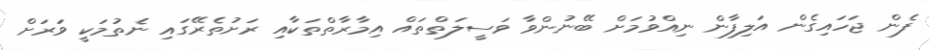
ފެން ޖަހައިގެން އަލިފާން ނިއްވުމަށް ބޭނުންވާ ވަސީލަތްތައް އިމާރާތްތަކާއި ރަށުތެރޭގައި ނެތުމަކީ ވަރަށް